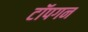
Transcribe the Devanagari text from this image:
टॉपगन